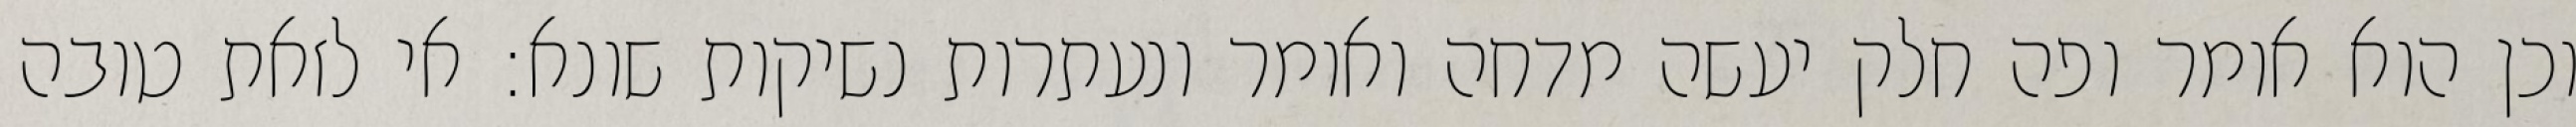
וכן הוא אומר ופה חלק יעשה מדחה ואומר ונעתרות נשיקות שונא: אי לזאת טובה